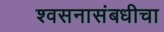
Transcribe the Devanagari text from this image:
श्वसनासंबधीचा